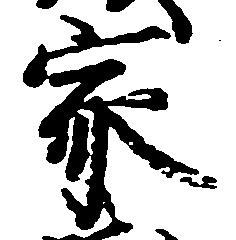
家